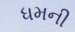
ધમની